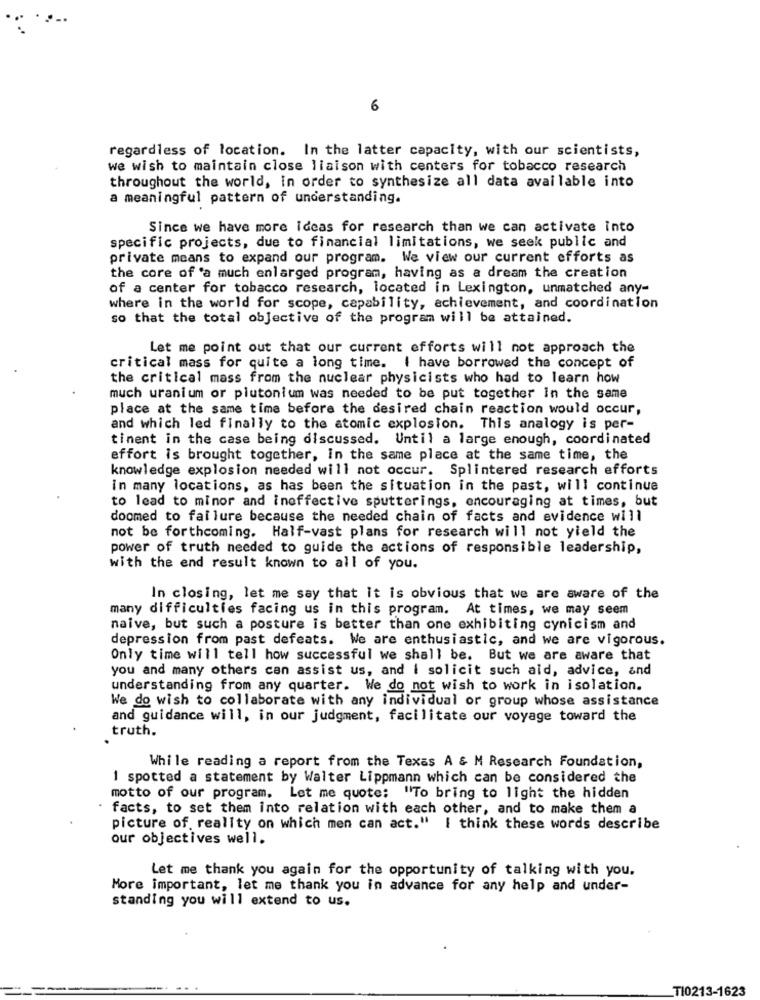
6
regardless of location. In the latter capacity, with our scientists,
we wish to maintain close liaison with centers for tobacco research
throughout the world, in order to synthesize all data available into
a meaningful pattern of understanding.
Since we have more ideas for research than we can activate into
specific projects, due to financial limitations, we seek public and
private means to expand our program. We view our current efforts as
the core of 'a much enlarged program, having as a dream the creation
of a center for tobacco research, located in Lexington, unmatched any-
where in the world for scope, capability, achievement, and coordination
so that the total objective of the program will be attained.
Let me point out that our current efforts will not approach the
critical mass for quite a long time. I have borrowed the concept of
the critical mass from the nuclear physicists who had to learn how
much uranium or plutonium was needed to be put together In the same
place at the same time before the desired chain reaction would occur,
and which led finally to the atomic explosion. This analogy is per-
tinent in the case being discussed. Until a large enough, coordinated
effort is brought together, In the same place at the same time, the
knowledge explosion needed will not occur. Splintered research efforts
in many locations, as has been the situation in the past, will continue
to lead to minor and ineffective sputterings, encouraging at times, but
doomed to failure because the needed chain of facts and evidence will
not be forthcoming. Half-vast plans for research will not yield the
power of truth needed to guide the actions of responsible leadership,
with the end result known to all of you.
In closing, let me say that it is obvious that we are aware of the
many difficulties facing us in this program. At times, we may seem
naive, but such a posture is better than one exhibiting cynicism and
depression from past defeats. We are enthusiastic, and we are vigorous.
Only time will tell how successful we shall be. But we are aware that
you and many others can assist us, and i solicit such ald, advice, and
understanding from any quarter. We do not wish to work in isolation.
We do wish to collaborate with any individual or group whose assistance
and guidance will, in our judgment, facilitate our voyage toward the
truth.
While reading a report from the Texas A & M Research Foundation,
1 spotted a statement by Walter Lippmann which can be considered the
motto of our program. Let me quote: "To bring to light the hidden
facts, to set them into relation with each other, and to make them a
picture of reality on which men can act." I think these words describe
our objectives well.
Let me thank you again for the opportunity of talking with you.
More important, let me thank you in advance for any help and under-
standing you will extend to us.
_TI0213-1623